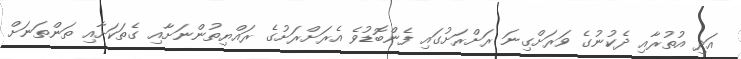
އަދި އުތުރާއި ދެކުނުގެ ވަރަށްގިނަ ރަށްރަށުގައި ފެންބޮޑުވެ އެރަށްރަށުގެ ރައްޔިތުންނަށާއި ގެތަކަށާއި ތަންތަނަށް